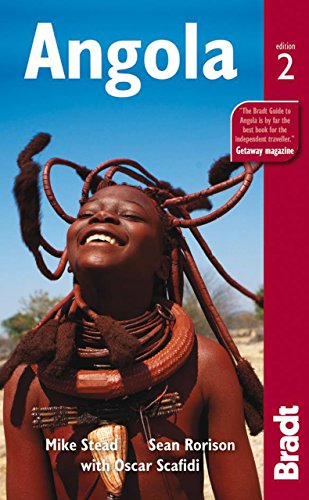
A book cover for Angola (Bradt Travel Guide); Mike Stead; Travel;